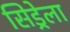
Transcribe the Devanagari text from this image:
सिड्रेला